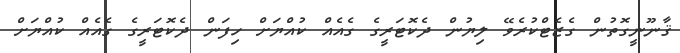
ޤާނޫނީގޮތުން ގެޒެޓްކުރެވޭ ލިޔުން ދެކޮޓަރީގެ ގެއެއް ކުއްޔަށް ހިފަން ދެކޮޓަރީގެ ގެއެއް ކުއްޔަށް